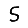
Digit: 5